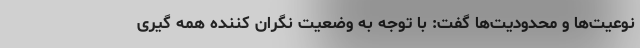
نوعیت‌ها و محدودیت‌ها گفت: با توجه به وضعیت نگران کننده همه گیری